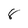
Character: 8